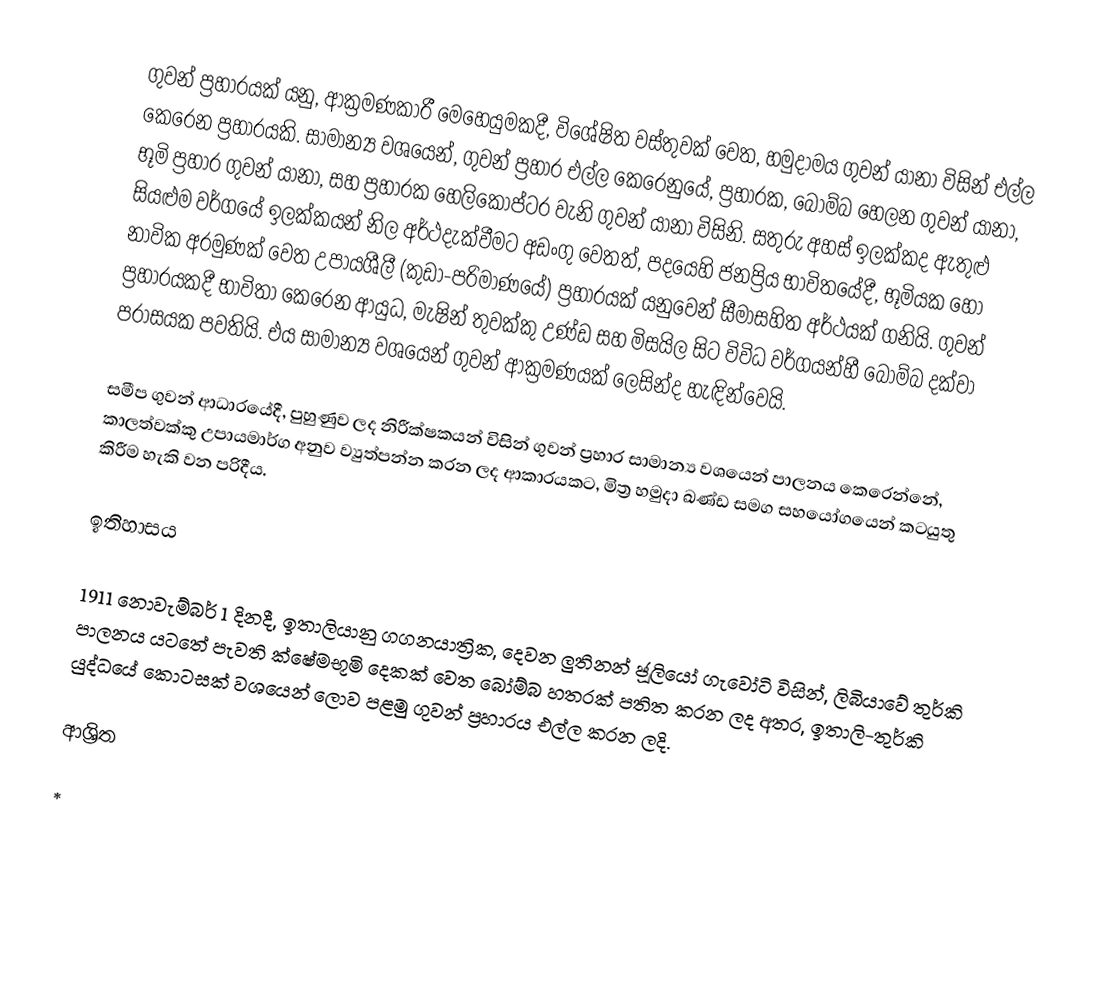
ගුවන් ප්‍රහාරයක්  යනු, ආක්‍රමණකාරී මෙහෙයුමකදී, විශේෂිත වස්තුවක් වෙත,  හමුදාමය ගුවන් යානා‍ විසින් එල්ල කෙරෙන ප්‍රහාරයකි.  සාමාන්‍ය වශයෙන්, ගුවන් ප්‍රහාර එල්ල කෙරෙනුයේ, ප්‍රහාරක, බෝම්බ හෙලන ගුවන් යානා, භූමි ප්‍රහාර ගුවන් යානා, සහ ප්‍රහාරක හෙලිකොප්ටර වැනි ගුවන් යානා විසිනි. සතුරු අහස් ඉලක්කද ඇතුළු  සියළුම වර්ගයේ ඉලක්කයන් නිල අර්ථදැක්වීමට අඩංගු වෙතත්,  පදයෙහි ජනප්‍රිය භාවිතයේදී,  භූමියක හෝ නාවික අරමුණක් වෙත උපායශීලී (කුඩා-පරිමාණයේ) ප්‍රහාරයක් යනුවෙන් සීමාසහිත අර්ථයක් ගනියි. ගුවන් ප්‍රහාරයකදී භාවිතා කෙරෙන ආයුධ,  මැෂින් තුවක්කු උණ්ඩ සහ මිසයිල සිට විවිධ වර්ගයන්හී බෝම්බ දක්වා පරාසයක පවතියි. එය සාමාන්‍ය වශයෙන් ගුවන් ආක්‍රමණයක් ලෙසින්ද හැඳින්වෙයි.

සමීප ගුවන් ආධාරයේදී, පුහුණුව ලද  නිරීක්ෂකයන් විසින් ගුවන් ප්‍රහාර සාමාන්‍ය වශයෙන් පාලනය කෙරෙන්නේ,  කාලත්වක්කු උපායමාර්ග අනුව ව්‍යුත්පන්න කරන ලද ආකාරයකට, මිත්‍ර හමුදා ඛණ්ඩ සමග සහයෝගයෙන් කටයුතු කිරීම හැකි වන පරිදීය.

ඉතිහාසය

1911 නොවැම්බර් 1 දිනදී, ඉතාලියානු ගගනයාත්‍රික, දෙවන ලුතිනන් ජූලියෝ ගැවෝටි විසින්, ලිබියාවේ තුර්කි පාලනය යටතේ පැවති  ක්ෂේමභූමි දෙකක් වෙත බෝම්බ හතරක් පතිත කරන ලද අතර, ඉතාලි-තුර්කි යුද්ධයේ  කොටසක් වශයෙන් ලොව පළමු ගුවන් ප්‍රහාරය එල්ල කරන ලදි.

ආශ්‍රිත

 *